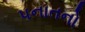
પનાતનો